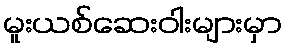
မူးယစ်ဆေးဝါးများမှာ